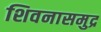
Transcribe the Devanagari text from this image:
शिवनासमुद्र